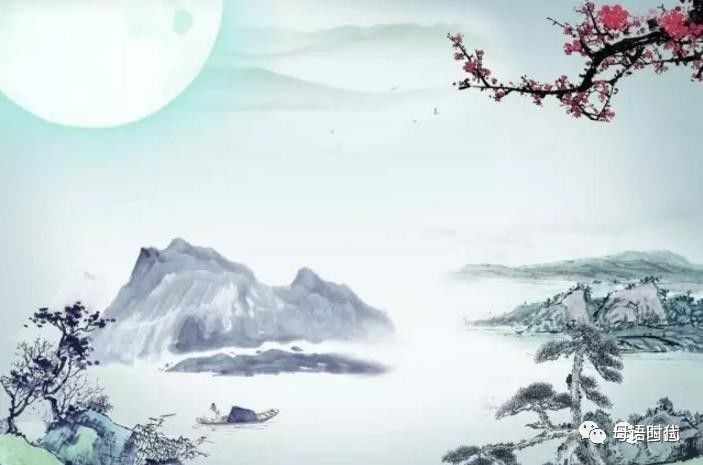
拜华星之坠几，约明月之浮槎。